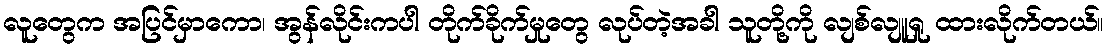
လူတွေက အပြင်မှာကော၊ အွန်လိုင်းကပါ တိုက်ခိုက်မှုတွေ လုပ်တဲ့အခါ သူတို့ကို လျစ်လျူရှု ထားလိုက်တယ်။